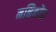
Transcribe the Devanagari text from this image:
मनिकोंडा